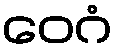
ဝေဂံ